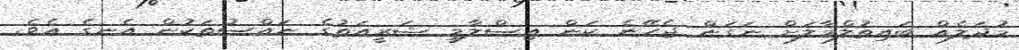
މުދަލެއް ބައިތުލްމާލަށް ނަގަން ޖެހޭނެ ކަން އިސްލާމީ ޝަރީއަތުގެ ނައްސުތަކުން އެނގެ އެވެ.